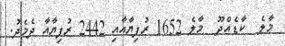
މާލެ  ކާޑެއްދޫ  މާލެ 1652 ރުފިޔާއާއި 2442 ރުފިޔާއާ ދެމެދު.